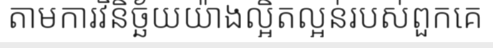
តាមការវិនិច្ឆ័យយ៉ាងល្អិតល្អន់របស់ពួកគេ